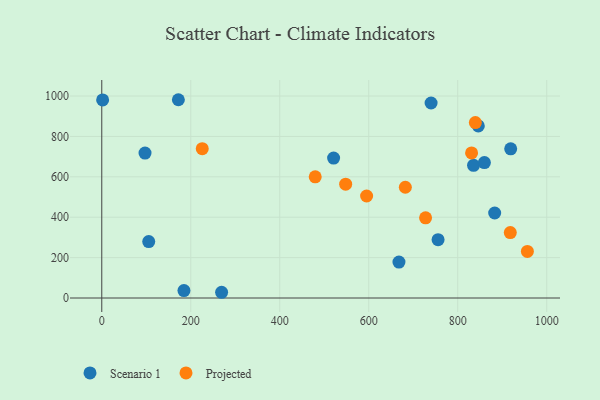
{"axis": {"x": "Experience", "y": "Sales"}, "legend": ["Projected", "Scenario 1"], "data": [{"x": "1.9", "y": 980.7, "type": "Scenario 1"}, {"x": "919.0", "y": 738.8, "type": "Scenario 1"}, {"x": "835.5", "y": 657.2, "type": "Scenario 1"}, {"x": "883.0", "y": 420.9, "type": "Scenario 1"}, {"x": "740.1", "y": 965.6, "type": "Scenario 1"}, {"x": "521.0", "y": 692.8, "type": "Scenario 1"}, {"x": "755.8", "y": 289.0, "type": "Scenario 1"}, {"x": "667.9", "y": 177.8, "type": "Scenario 1"}, {"x": "97.2", "y": 717.5, "type": "Scenario 1"}, {"x": "859.9", "y": 670.7, "type": "Scenario 1"}, {"x": "846.2", "y": 852.1, "type": "Scenario 1"}, {"x": "184.7", "y": 36.8, "type": "Scenario 1"}, {"x": "105.5", "y": 279.4, "type": "Scenario 1"}, {"x": "269.3", "y": 28.4, "type": "Scenario 1"}, {"x": "172.1", "y": 981.8, "type": "Scenario 1"}, {"x": "682.2", "y": 548.4, "type": "Projected"}, {"x": "595.2", "y": 505.2, "type": "Projected"}, {"x": "225.8", "y": 739.3, "type": "Projected"}, {"x": "918.1", "y": 324.2, "type": "Projected"}, {"x": "956.5", "y": 230.5, "type": "Projected"}, {"x": "479.7", "y": 600.0, "type": "Projected"}, {"x": "839.6", "y": 868.5, "type": "Projected"}, {"x": "727.7", "y": 396.8, "type": "Projected"}, {"x": "831.1", "y": 718.5, "type": "Projected"}, {"x": "548.1", "y": 563.7, "type": "Projected"}]}